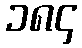
၁၈၄